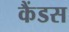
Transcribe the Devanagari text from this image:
कैंडस